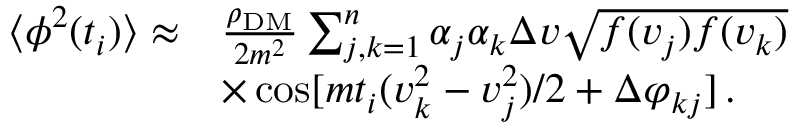
\begin{array} { r l } { \langle \phi ^ { 2 } ( t _ { i } ) \rangle \approx } & { \frac { \rho _ { \mathrm { D M } } } { 2 m ^ { 2 } } \sum _ { j , k = 1 } ^ { n } \alpha _ { j } \alpha _ { k } \Delta v \sqrt { f ( v _ { j } ) f ( v _ { k } ) } } \\ & { \times \cos [ m t _ { i } ( v _ { k } ^ { 2 } - v _ { j } ^ { 2 } ) / 2 + \Delta \varphi _ { k j } ] \, . } \end{array}